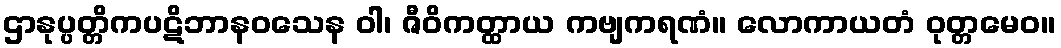
ဌာနုပ္ပတ္တိကပဋိဘာနဝသေန ဝါ၊ ဇီဝိကတ္ထာယ ကဗျကရဏံ။ လောကာယတံ ဝုတ္တမေဝ။